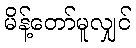
မိန့်တော်မူလျှင်